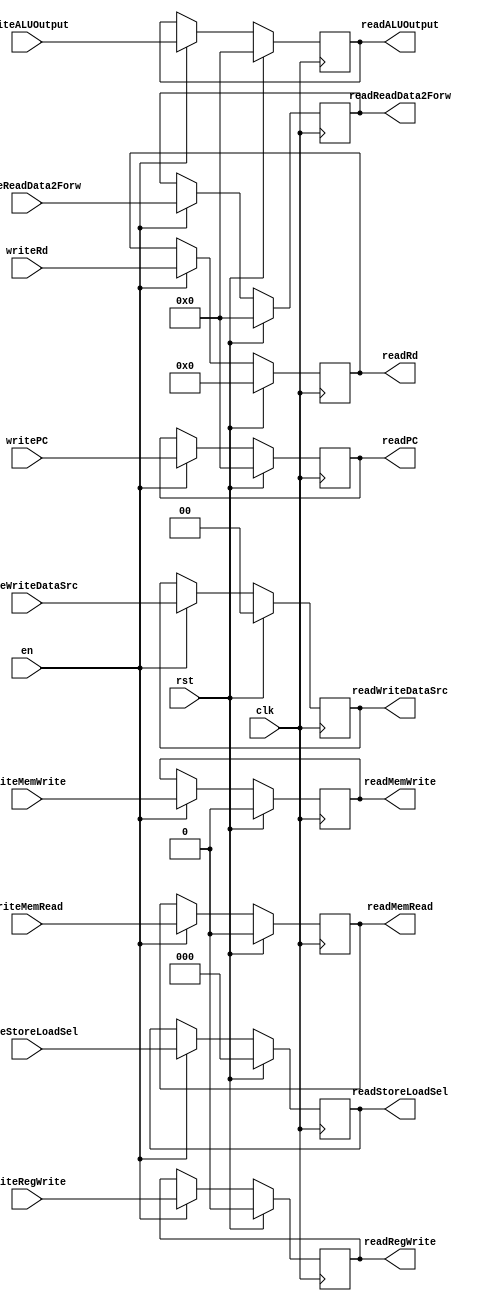
module EXMEMRegs(
    input clk,
    input rst,
    input en,
    //Inputs
    input [31:0]    writePC,
    //input           writeZero,
    input [31:0]    writeALUOutput,
    input [31:0]    writeReadData2Forw,
    input [4:0]     writeRd,
    input           writeRegWrite,
    input [1:0]     writeWriteDataSrc,
    input [2:0]     writeStoreLoadSel,
    input           writeMemWrite,
    input           writeMemRead,
    
    //DEBUG
    `ifdef DEBUGINSTRUCTION
        input [31:0]    writeInstruction,
        output [31:0]   readInstruction,
    `endif

    //Outputs
    output [31:0]   readPC,
    //output          readZero,
    output [31:0]   readALUOutput,
    output [31:0]   readReadData2Forw,
    output [4:0]    readRd,
    output          readRegWrite,
    output [1:0]    readWriteDataSrc,
    output [2:0]    readStoreLoadSel,
    output          readMemWrite,
    output          readMemRead
);




// Datapath
reg [31:0]   regPC;
//reg          regZero;
reg [31:0]   regALUOutput;
reg [31:0]   regReadData2Forw;
reg [4:0]    regRd;
`ifdef DEBUGINSTRUCTION
    reg [31:0]  regInstruction;
`endif

// Control
//To WB
reg regRegWrite;
reg [1:0] regWriteDataSrc;
//To MEM
reg [2:0] regStoreLoadSel;
reg regMemWrite;
reg regMemRead;

always @(posedge clk) begin : WriteRegs
    if (rst == 0) begin
        if (en == 1) begin
            regPC <= writePC;
            //regZero <= writeZero;
            regALUOutput <= writeALUOutput;
            regReadData2Forw <= writeReadData2Forw;
            regRd <= writeRd;
            regRegWrite <= writeRegWrite;
            regWriteDataSrc <= writeWriteDataSrc;
            regStoreLoadSel <= writeStoreLoadSel;
            regMemWrite <= writeMemWrite;
            regMemRead <= writeMemRead;
            `ifdef DEBUGINSTRUCTION
                regInstruction <= writeInstruction;
            `endif

        end
    end else begin
        regPC <= 0;
        //regZero <= 0;
        regALUOutput <= 0;
        regReadData2Forw <= 0;
        regRd <= 0;
        regRegWrite <= 0;
        regWriteDataSrc <= 0;
        regStoreLoadSel <= 0;
        regMemWrite <= 0;
        regMemRead <= 0;
        `ifdef DEBUGINSTRUCTION
            regInstruction <= 0;
        `endif

    end
end

assign readPC = regPC;
//assign readZero = regZero;
assign readALUOutput = regALUOutput;
assign readReadData2Forw = regReadData2Forw;
assign readRd = regRd;
assign readRegWrite = regRegWrite;
assign readWriteDataSrc = regWriteDataSrc;
assign readStoreLoadSel = regStoreLoadSel;
assign readMemWrite = regMemWrite;
assign readMemRead = regMemRead;
`ifdef DEBUGINSTRUCTION
    assign readInstruction = regInstruction;
`endif

endmodule